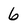
Character: 6